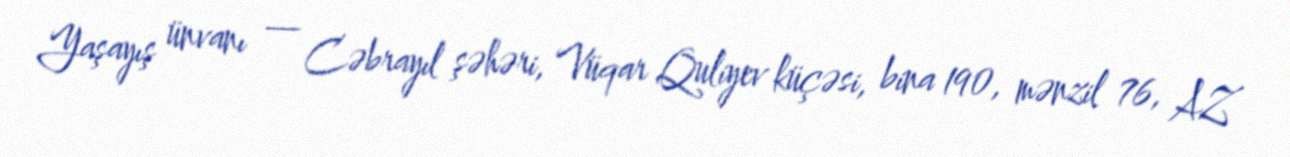
Yaşayış ünvanı — Cəbrayıl şəhəri, Vüqar Quliyev küçəsi, bina 190, mənzil 76, AZ